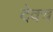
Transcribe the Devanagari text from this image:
देवच